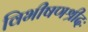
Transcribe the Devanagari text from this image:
विभीषणश्रीदः